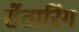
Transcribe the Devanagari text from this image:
सेंतारिंग